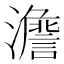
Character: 𱪂